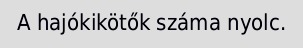
A hajókikötők száma nyolc.